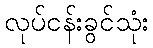
လုပ်ငန်းခွင်သုံး